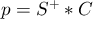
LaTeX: p = { { S } ^ { + } } * C